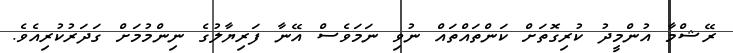
ރޭޝްމާ އުންމީދު ކުރިގޮތަށް ކަންތައްތައް ނުވި ނަމަވެސް އޭނާ ފަރިޔާލުގެ ނިންމުމަށް ގަދަރުކުރިއެވެ.